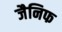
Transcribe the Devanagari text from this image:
जैनिफ